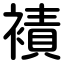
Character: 襀